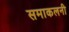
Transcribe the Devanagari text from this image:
समाकलनी